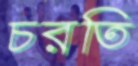
চরতি